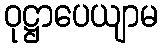
ဝုဋ္ဌာပေယျာမ